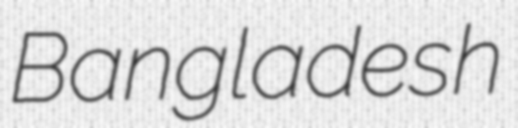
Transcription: Bangladesh